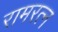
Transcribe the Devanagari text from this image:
रामरत्‍न